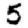
Digit: 5